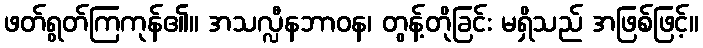
ဖတ်ရွတ်ကြကုန်၏။ အသလ္လီနဘာဝန၊ တွန့်တိုခြင်း မရှိသည် အဖြစ်ဖြင့်။